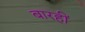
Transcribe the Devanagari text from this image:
बारहीं